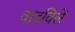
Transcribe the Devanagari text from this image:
वाढविलें